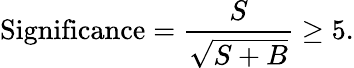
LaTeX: \mathrm{Significance}={\frac{S}{\sqrt{S+B}}}\geq 5.